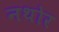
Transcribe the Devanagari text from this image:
नथोर